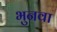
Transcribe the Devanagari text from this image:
भुनवा